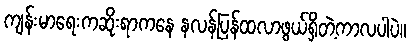
ကျန်းမာရေးကဆိုးရာကနေ နလန်ပြန်ထလာဖွယ်ရှိတဲ့ကာလပါပဲ။